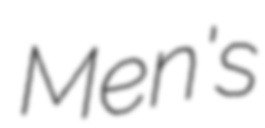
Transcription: Men's